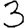
Digit: 3